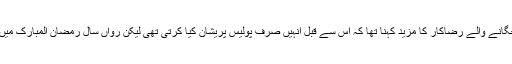
سحری کے لیے شہریوں کو جگانے والے رضاکار کا مزید کہنا تھا کہ اس سے قبل انہیں صرف پولیس پریشان کیا کرتی تھی لیکن رواں سال رمضان المبارک میں انہیں 4 مرتبہ گرفتار کیا گیا۔